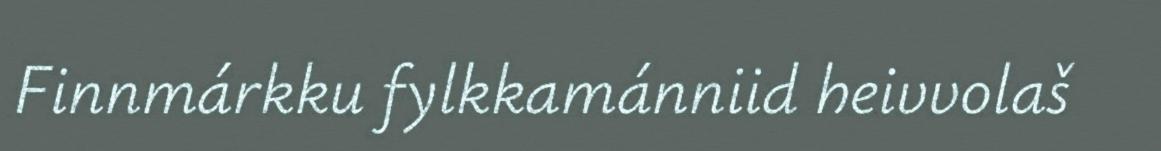
Finnmárkku fylkkamánniid heivvolaš